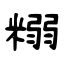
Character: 糑